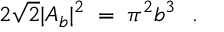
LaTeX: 2 \sqrt 2 | A _ { b } | ^ { 2 } \; = \; \pi ^ { 2 } b ^ { 3 } \ \ .